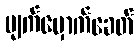
မျက်မှောက်ခေတ်